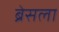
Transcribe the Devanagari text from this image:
ब्रेसला